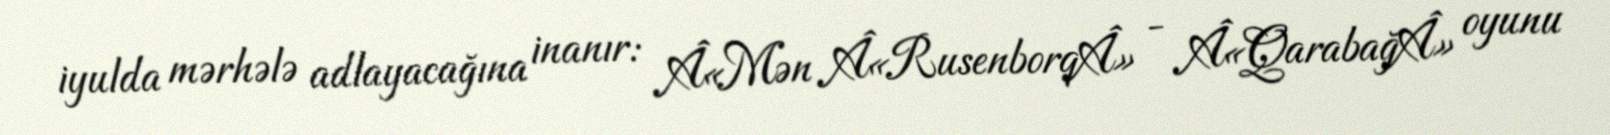
iyulda mərhələ adlayacağına inanır: Â«Mən Â«RusenborqÂ» - Â«QarabağÂ» oyunu